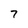
Character: 7